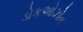
ડોકઓઝોન